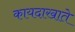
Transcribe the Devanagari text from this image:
कायदाखाते